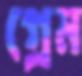
গ্রেম